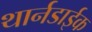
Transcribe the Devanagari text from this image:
थार्नडाईक